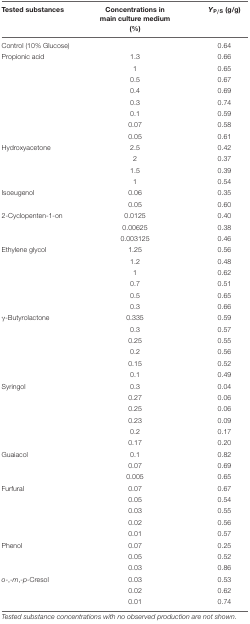
<table><thead><tr><td><b>Tested substances</b></td><td><b>Concentrations in main culture medium (%)</b></td><td><b><i>Y</i><sub>P/S</sub> (g/g)</b></td></tr></thead><tbody><tr><td>Control (10% Glucose)</td><td></td><td>0.64</td></tr><tr><td>Propionic acid</td><td>1.3</td><td>0.66</td></tr><tr><td></td><td>1</td><td>0.65</td></tr><tr><td></td><td>0.5</td><td>0.67</td></tr><tr><td></td><td>0.4</td><td>0.69</td></tr><tr><td></td><td>0.3</td><td>0.74</td></tr><tr><td></td><td>0.1</td><td>0.59</td></tr><tr><td></td><td>0.07</td><td>0.58</td></tr><tr><td></td><td>0.05</td><td>0.61</td></tr><tr><td>Hydroxyacetone</td><td>2.5</td><td>0.42</td></tr><tr><td></td><td>2</td><td>0.37</td></tr><tr><td></td><td>1.5</td><td>0.39</td></tr><tr><td></td><td>1</td><td>0.54</td></tr><tr><td>Isoeugenol</td><td>0.06</td><td>0.35</td></tr><tr><td></td><td>0.05</td><td>0.60</td></tr><tr><td>2-Cyclopenten-1-on</td><td>0.0125</td><td>0.40</td></tr><tr><td></td><td>0.00625</td><td>0.38</td></tr><tr><td></td><td>0.003125</td><td>0.46</td></tr><tr><td>Ethylene glycol</td><td>1.25</td><td>0.56</td></tr><tr><td></td><td>1.2</td><td>0.48</td></tr><tr><td></td><td>1</td><td>0.62</td></tr><tr><td></td><td>0.7</td><td>0.51</td></tr><tr><td></td><td>0.5</td><td>0.65</td></tr><tr><td></td><td>0.3</td><td>0.66</td></tr><tr><td>γ-Butyrolactone</td><td>0.335</td><td>0.59</td></tr><tr><td></td><td>0.3</td><td>0.57</td></tr><tr><td></td><td>0.25</td><td>0.55</td></tr><tr><td></td><td>0.2</td><td>0.56</td></tr><tr><td></td><td>0.15</td><td>0.52</td></tr><tr><td></td><td>0.1</td><td>0.49</td></tr><tr><td>Syringol</td><td>0.3</td><td>0.04</td></tr><tr><td></td><td>0.27</td><td>0.06</td></tr><tr><td></td><td>0.25</td><td>0.06</td></tr><tr><td></td><td>0.23</td><td>0.09</td></tr><tr><td></td><td>0.2</td><td>0.17</td></tr><tr><td></td><td>0.17</td><td>0.20</td></tr><tr><td>Guaiacol</td><td>0.1</td><td>0.82</td></tr><tr><td></td><td>0.07</td><td>0.69</td></tr><tr><td></td><td>0.005</td><td>0.65</td></tr><tr><td>Furfural</td><td>0.07</td><td>0.67</td></tr><tr><td></td><td>0.05</td><td>0.54</td></tr><tr><td></td><td>0.03</td><td>0.55</td></tr><tr><td></td><td>0.02</td><td>0.56</td></tr><tr><td></td><td>0.01</td><td>0.57</td></tr><tr><td>Phenol</td><td>0.07</td><td>0.25</td></tr><tr><td></td><td>0.05</td><td>0.52</td></tr><tr><td></td><td>0.03</td><td>0.86</td></tr><tr><td><i>o</i>-,-<i>m</i>,-<i>p</i>-Cresol</td><td>0.03</td><td>0.53</td></tr><tr><td></td><td>0.02</td><td>0.62</td></tr><tr><td></td><td>0.01</td><td>0.74</td></tr></tbody></table>